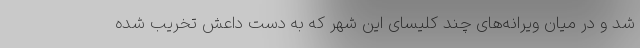
شد و در میان ویرانه‌های چند کلیسای این شهر که به دست داعش تخریب شده